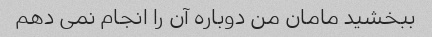
ببخشید مامان من دوباره آن را انجام نمی دهم